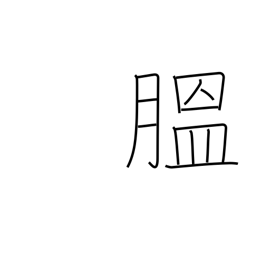
Meaning: corpulent